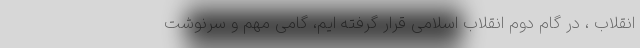
انقلاب ، در گام دوم انقلاب اسلامی قرار گرفته ایم، گامی مهم و سرنوشت